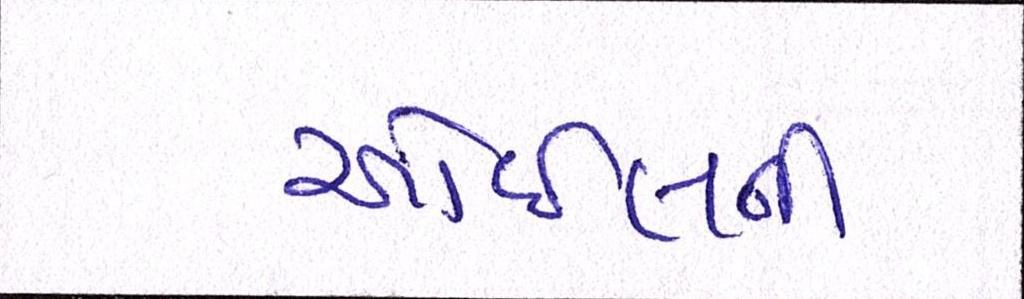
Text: ઓઈલની